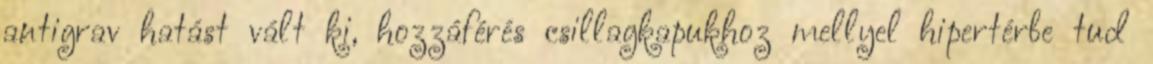
antigrav hatást vált ki, hozzáférés csillagkapukhoz mellyel hipertérbe tud